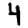
Digit: 4